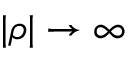
| \rho | \to \infty